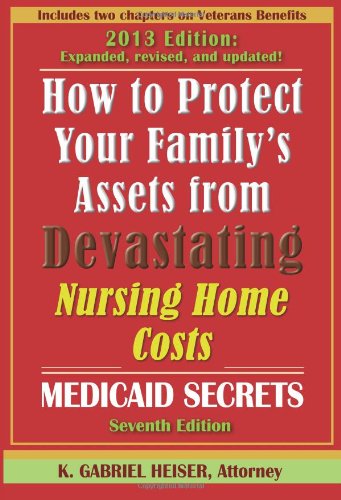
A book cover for How to Protect Your Family's Assets from Devastating Nursing Home Costs: Medicaid Secrets (7th Edition); K. Gabriel Heiser; Medical Books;